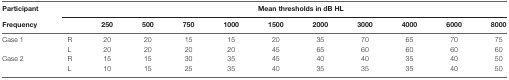
| Participant |  | <COLSPAN=10> Mean thresholds in dB HL |
 | Frequency |  | 250 | 500 | 750 | 1000 | 1500 | 2000 | 3000 | 4000 | 6000 | 8000 |
 | --- | --- | --- | --- | --- | --- | --- | --- | --- | --- | --- | --- |
 | Case 1 | R | 20 | 20 | 15 | 15 | 20 | 35 | 70 | 65 | 70 | 75 |
 |  | L | 20 | 20 | 20 | 20 | 45 | 65 | 60 | 60 | 60 | 60 |
 | Case 2 | R | 15 | 15 | 30 | 35 | 45 | 40 | 40 | 35 | 40 | 50 |
 |  | L | 10 | 15 | 25 | 35 | 40 | 35 | 35 | 35 | 40 | 50 |